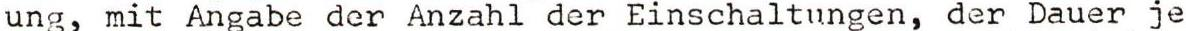
ung, mit Angabe der Anzahl der Einschaltungen, der Dauer je